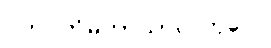
ဂဟပတိမဟာသာလကုလေ